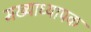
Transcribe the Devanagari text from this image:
मख्याध्यापक